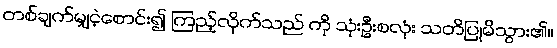
တစ်ချက်မျှငဲ့စောင်း၍ ကြည့်လိုက်သည် ကို သုံးဦးစလုံး သတိပြုမိသွား၏။